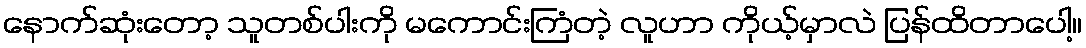
နောက်ဆုံးတော့ သူတစ်ပါးကို မကောင်းကြံတဲ့ လူဟာ ကိုယ့်မှာလဲ ပြန်ထိတာပေါ့။